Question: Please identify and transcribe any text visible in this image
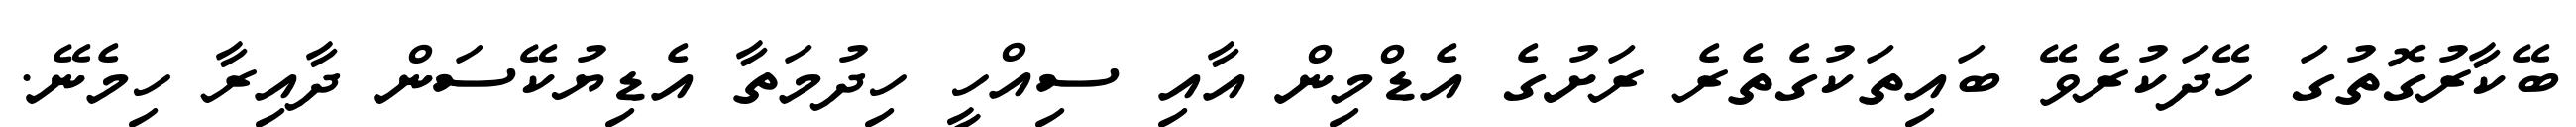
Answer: ބޭކާރުގޮތުގަ ހޭދަކުރެވޭ ބައިތަކުގެތެރެ ރަށުގެ އެޑްމިން އާއި ސިއްހީ ހިދުމަތާ އެޑިޔުކޭސަން ދާއިރާ ހިމެނޭ.